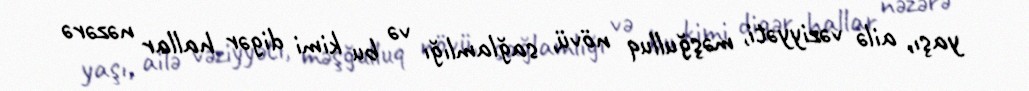
yaşı, ailə vəziyyəti, məşğulluq növü, sağlamlığı və bu kimi digər hallar nəzərə